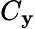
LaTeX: C_{\mathbf{y}}